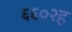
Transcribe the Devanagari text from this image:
६६०२ह